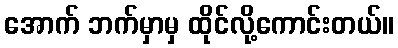
အောက် ဘက်မှာမှ ထိုင်လို့ကောင်းတယ်။